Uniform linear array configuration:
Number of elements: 16
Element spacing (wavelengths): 0.75
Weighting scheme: binomial
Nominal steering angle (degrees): -60
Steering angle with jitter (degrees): -61.258
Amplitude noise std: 0.05
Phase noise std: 0.05

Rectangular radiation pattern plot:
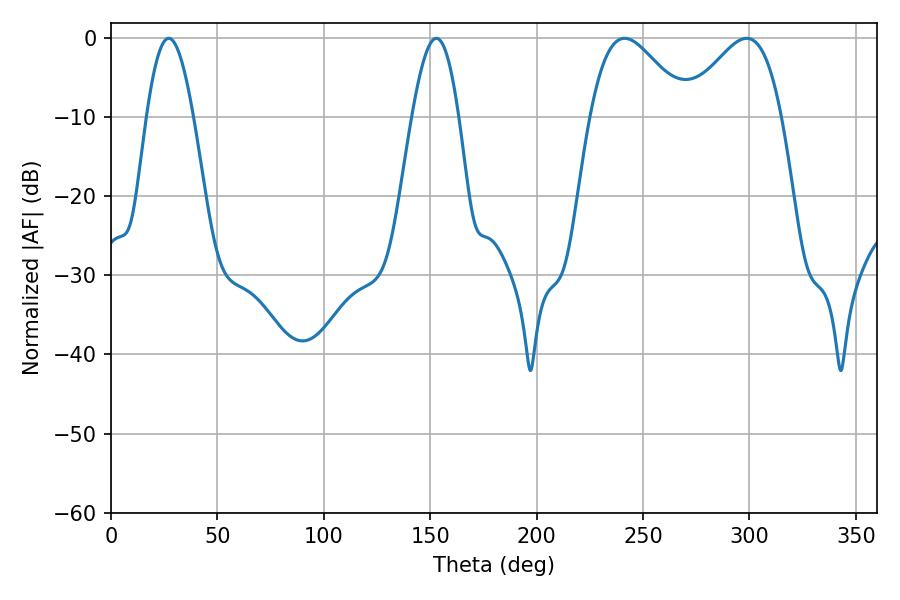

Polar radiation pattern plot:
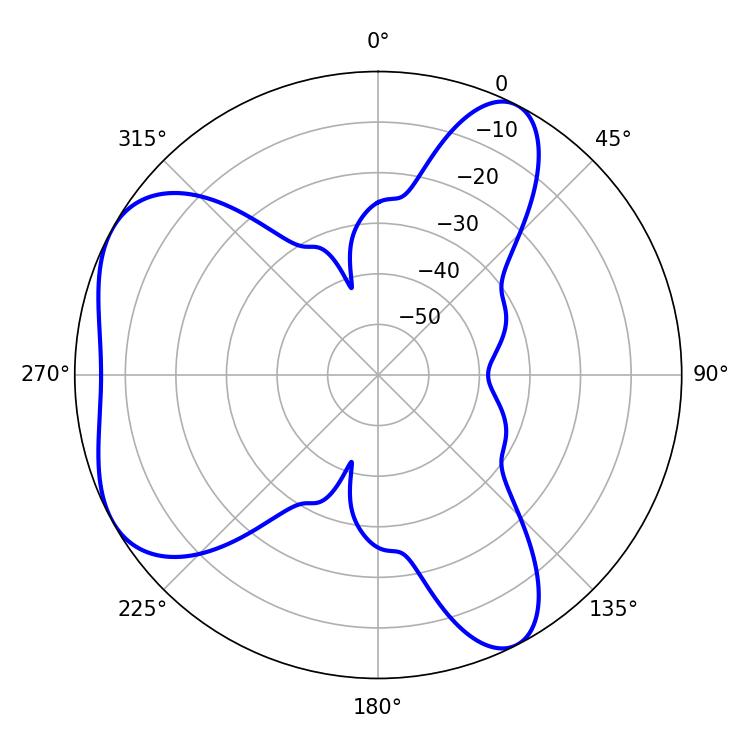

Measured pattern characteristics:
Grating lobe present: TRUE
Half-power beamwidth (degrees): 24.3
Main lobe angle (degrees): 241.38